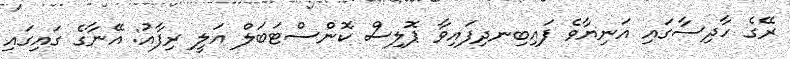
ރޭގެ ހާދިސާގައި އަނިޔާވެ ފައިބިނދިފައިވާ ޕޮލިސް ކޮންސްޓަބަލް އަލީ ރިފާއު: އޭނާގެ ގައިގައި